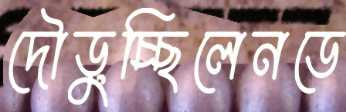
দৌড়ুচ্ছিলেনডে